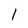
Character: l